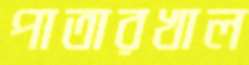
পাতারখাল